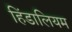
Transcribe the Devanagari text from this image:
हिंडालियम